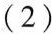
(2)